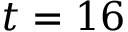
t = 1 6